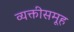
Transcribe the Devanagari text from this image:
व्यक्तीसमूह